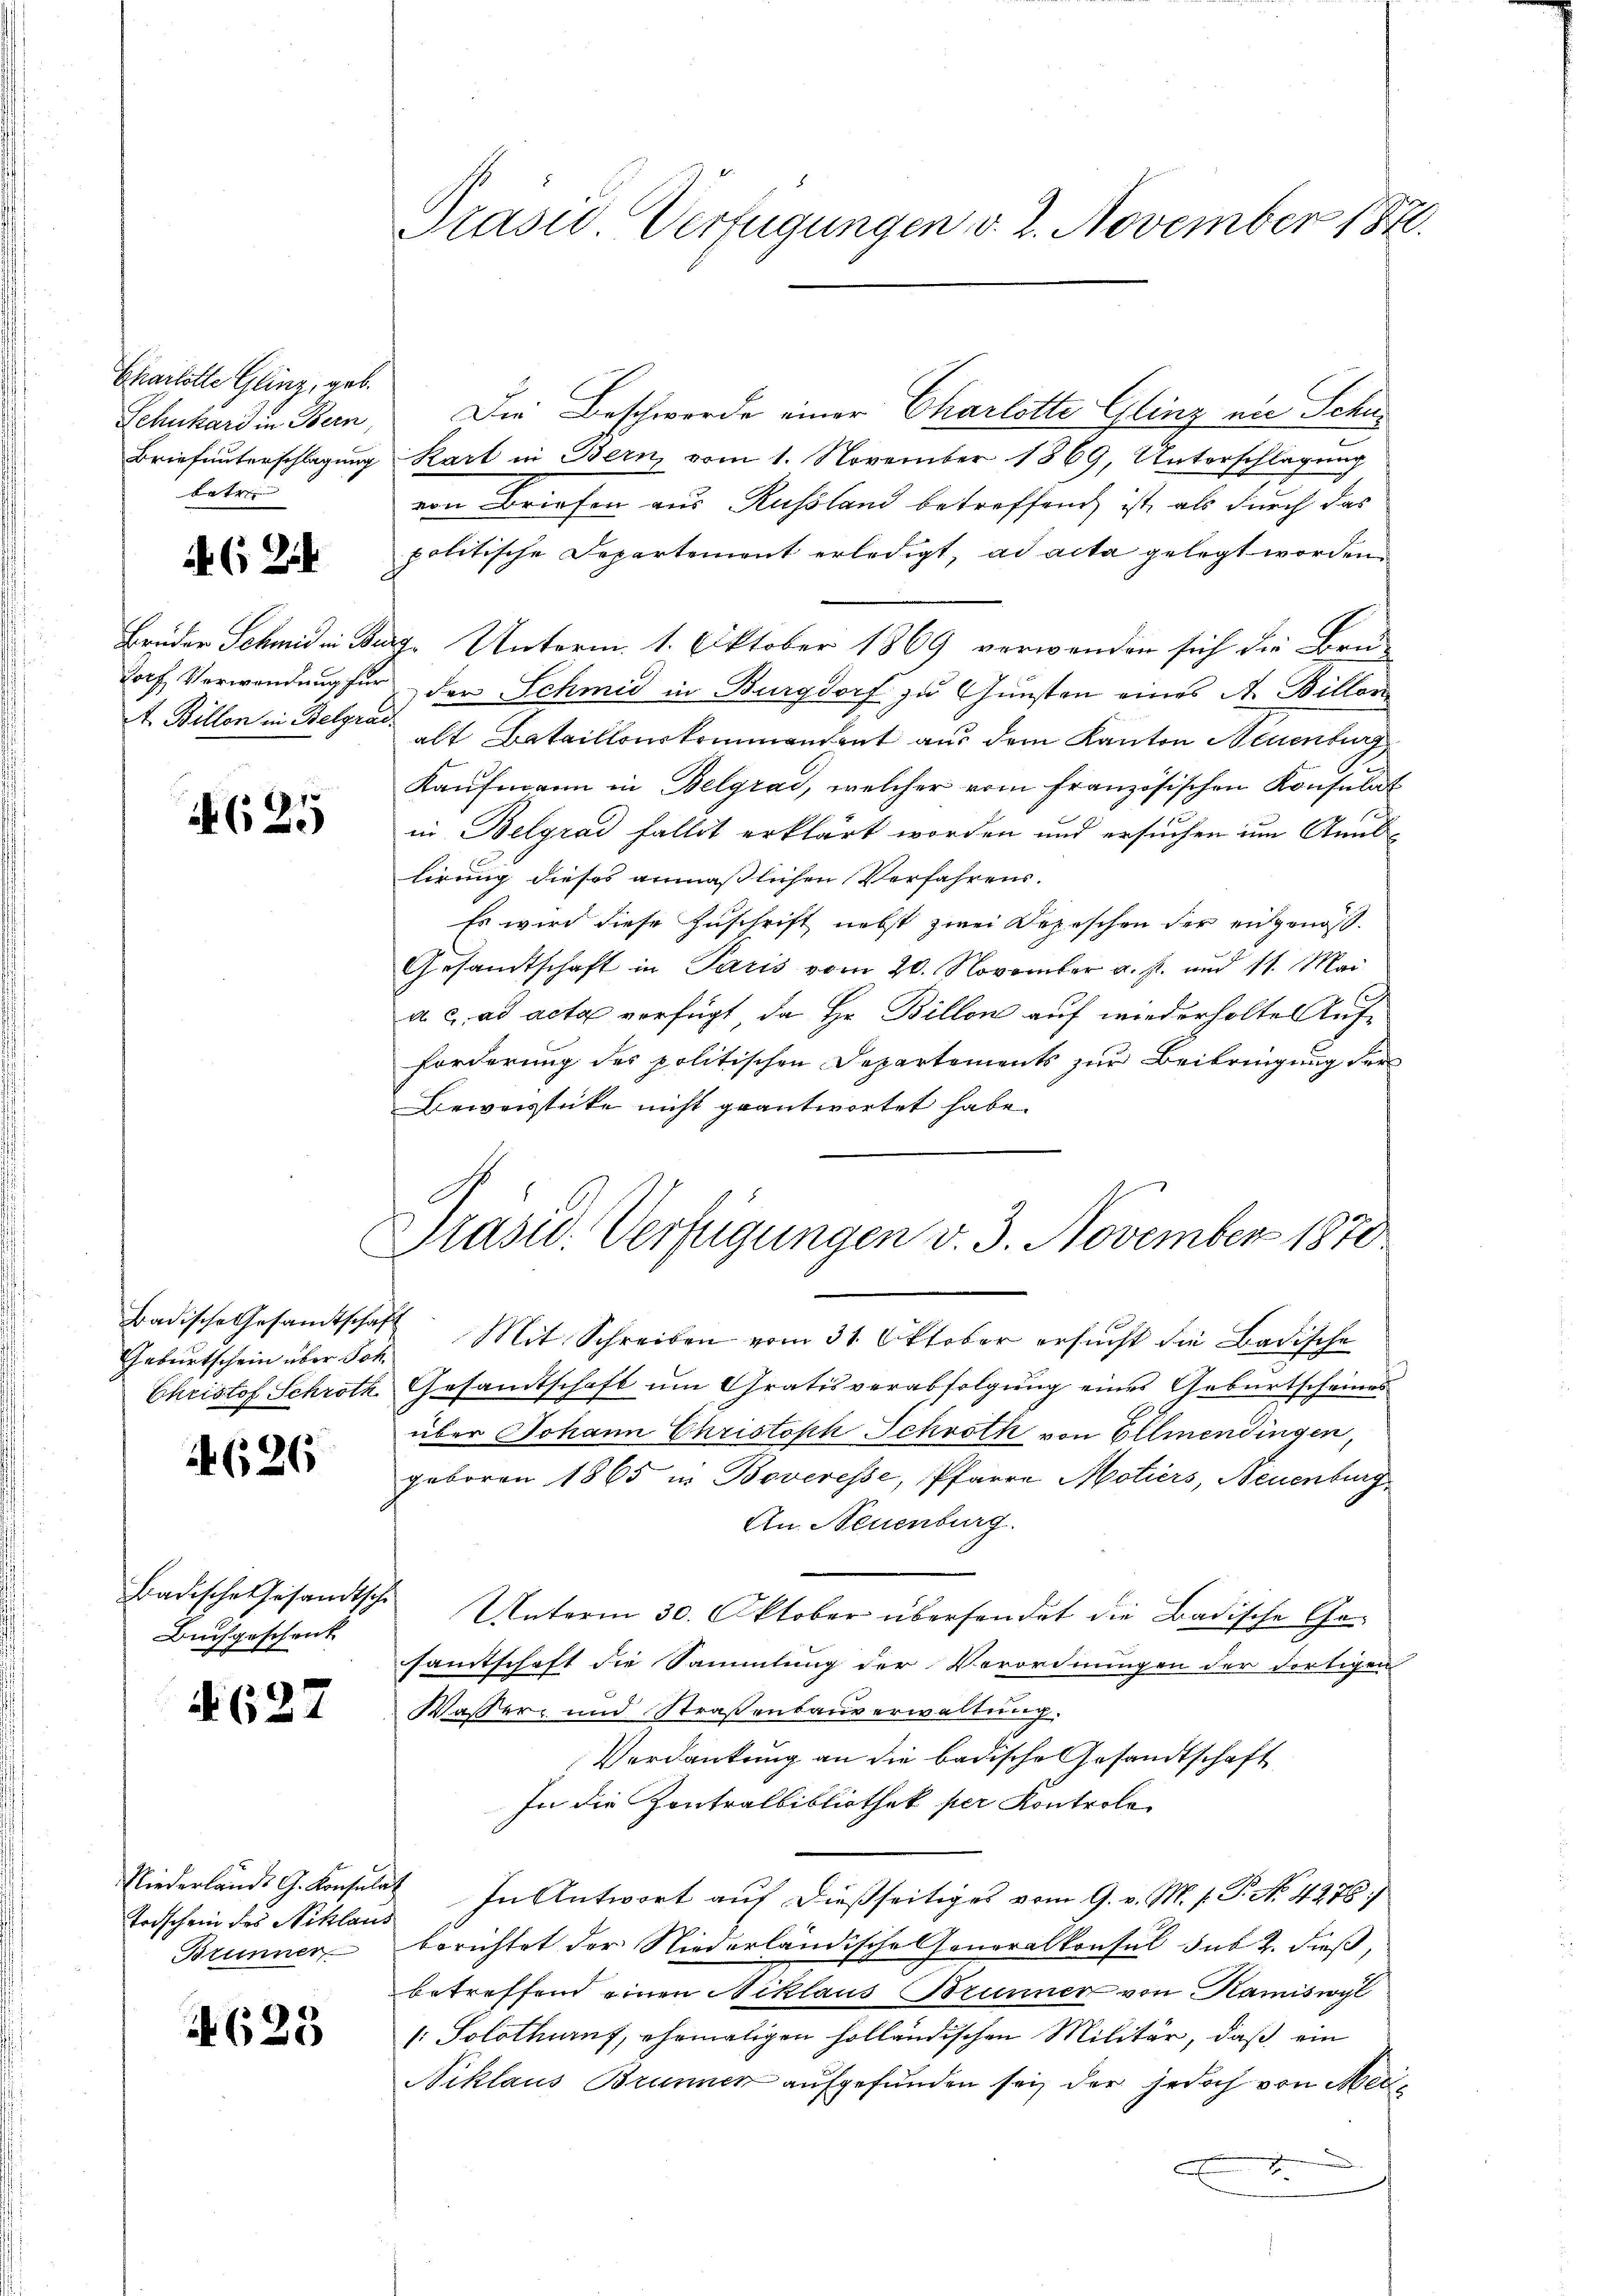
Charlotte Glinz, geb.
Schuhard in Bern,
Briefunterschlagung
betre

2

Joch Verwendung für

625

Geburtschein über Joh.
Christof Schroth

4626

Badische Gesandtsche
Buchgeschenk

N 627

Trischein des Niklaus
Brunner

4623

Präsid Verfügungen v. 2. November 182.

Die Beschwerde einer Charlotte Glinz in Schukart in Bern, vom 1. November 1869, Unterschlagung
von Briefen aus Russland betreffend, ist, als durch das
politische Departement erledigt, ad acta gelegt worden
Brüder Schmid in Bag. Unterm 1. Oktober 1869 verwenden sich die Bru-
der Schmid in Burgdorf zu Gunsten eines A. Billen
A. Billen in Belgrade alt Bataillonskommandant aus dem Kanton Neuenburg
Kaufmann in Belgrad, welcher vom französischen Konsulat
in Belgrad fallit erklärt worden und ersuchen im Anublirung dieses anmaßlichen Verfahrens.
Es wird diese Zuschrift nebst zwei Depeschen der angenoß¬
Gesandtschaft in Paris vom 20. November a. f. und 11. Mai
a c. ad acta verfügt, da Hr. Billon auf wiederholtes Aufforderung des politischen Departements zur Beibringung der
Beweisstücke nicht geantwortet habe.
Badische Gesamtschaft Mit Schreiben vom 31. Oktober ersucht die Badische
Gesamtschaft um Gratis verabfolgung eines Geburtscheines
über Johann Christoph Schroth von Ellmendingen,
geboren 1865 in Boveresse, Pfarre Motiers, Neuenburg
An Neuenburg.
Unterm 30. Oktober übersendet die Badische Gesamtschaft die Sammlung der Verordnungen der dortigen
Wasser- und Straßenbauverwaltung.
Verdankung an die badische Gesandtschaft
In die Zentralbibliothek per Kontrole
Niederlands G. Konsulat In Antwort auf dießseitiges vom 9. v. M. s. P. Nr. 4276/
berichtet der Niederländische Generalkonsul sub 2. dieß,
betreffend einen Niklaus Brunner von Kamiswyl
[: Solothurn, ehemaligen solländischen Militär, daß ein
Niklaus Brunnen aufgefunden sei, der jedoch von Mein
c
g

Slasw. Verfügungen v. 3. November 1870